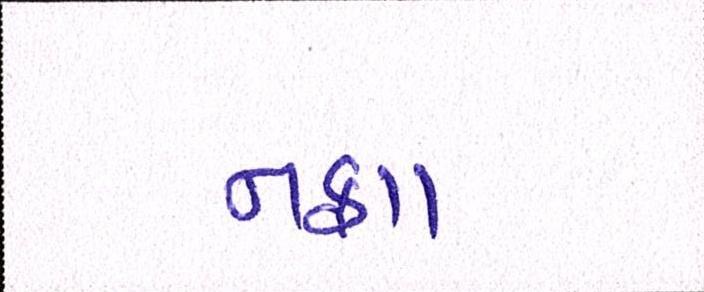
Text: નફા